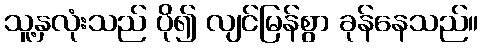
သူ့နှလုံးသည် ပို၍ လျင်မြန်စွာ ခုန်နေသည်။